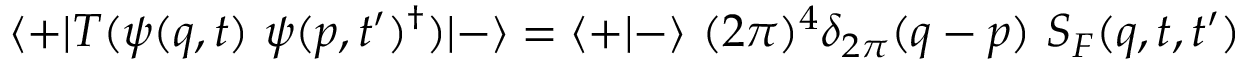
\langle + \vert T ( \psi ( q , t ) \ \psi ( p , t ^ { \prime } ) ^ { \dagger } ) \vert - \rangle = \langle + \vert - \rangle \ ( 2 \pi ) ^ { 4 } \delta _ { 2 \pi } ( q - p ) \ S _ { F } ( q , t , t ^ { \prime } )